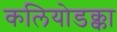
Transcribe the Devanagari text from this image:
कलियोडक्का